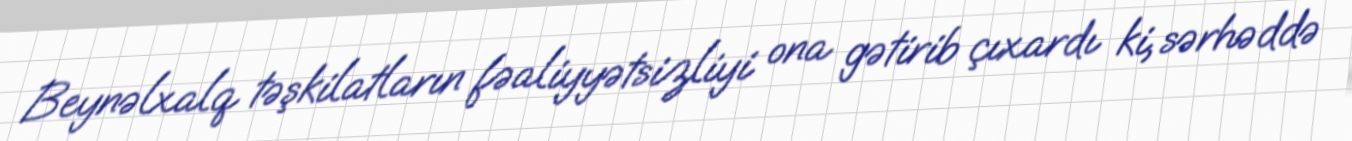
Beynəlxalq təşkilatların fəaliyyətsizliyi ona gətirib çıxardı ki, sərhəddə